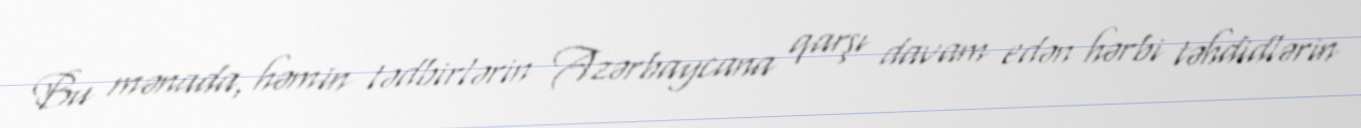
Bu mənada, həmin tədbirlərin Azərbaycana qarşı davam edən hərbi təhdidlərin